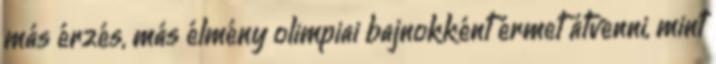
más érzés, más élmény olimpiai bajnokként érmet átvenni, mint